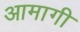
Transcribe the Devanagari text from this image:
आमागी